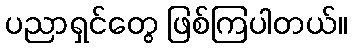
ပညာရှင်တွေ ဖြစ်ကြပါတယ်။